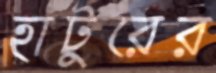
হাটুরের